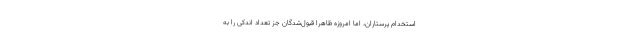
استخدام پرستاران، اما امروزه ظاهرا قبول‌شدگان جز تعداد اندکی را به